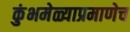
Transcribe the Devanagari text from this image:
कुंभमेळ्याप्रमाणेच